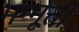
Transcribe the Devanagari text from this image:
मम्मूत्ती